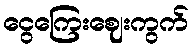
ငွေကြေးဈေးကွက်